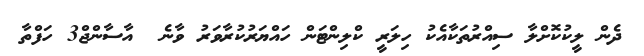
ދެން ލީކުކޮށްލާ ސިއްރުތަކާއެކު ހިލަރީ ކްލިންޓަން ހައްޔަރުކުރާވަރު ވާނެ  އާސާންޖް3 ހަފްތާ